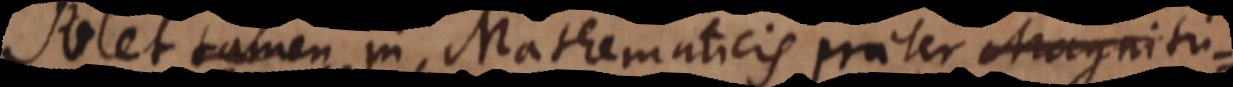
Solet tamen in Mathematicis praeter quant